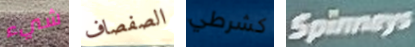
شيء الصفصاف كشرطي Spinneys